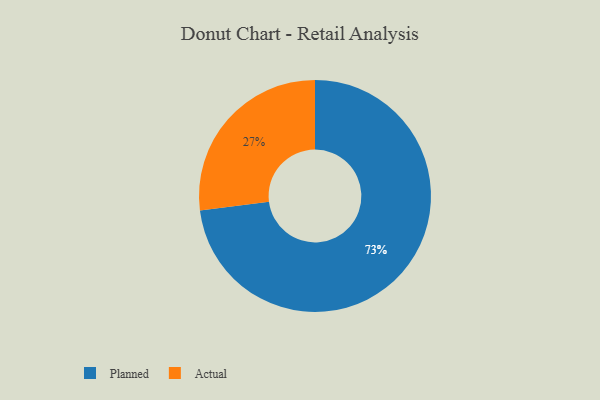
{"axis": {"x": "Category", "y": "Percentage"}, "legend": ["Actual", "Planned"], "data": [{"x": "Planned", "y": 73, "type": "Planned"}, {"x": "Actual", "y": 27, "type": "Actual"}]}